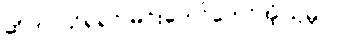
ဆိုတာသိရရင် မင်းတော်တော်အံ့ဩမှာပဲ။